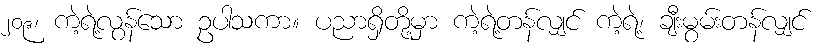
၂၀၉၊ ကဲ့ရဲ့လွန်သော ဥပါသကာ။ ပညာရှိတို့မှာ ကဲ့ရဲ့တန်လျှင် ကဲ့ရဲ့၊ ချီးမွမ်းတန်လျှင်